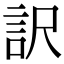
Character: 訳